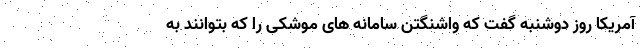
آمریکا روز دوشنبه گفت که واشنگتن سامانه های موشکی را که بتوانند به